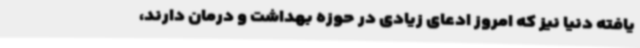
یافته دنیا نیز که امروز ادعای زیادی در حوزه بهداشت و درمان دارند،